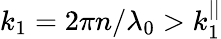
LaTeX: k_{1}=2\pi n/\lambda_{0}>k_{1}^{||}